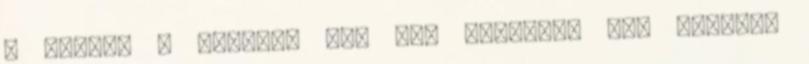
. Sajnos a felirat még nem érkezett meg hozzám.